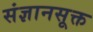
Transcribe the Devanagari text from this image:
संज्ञानसूक्त